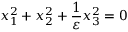
x _ { 1 } ^ { 2 } + x _ { 2 } ^ { 2 } + { \frac { 1 } { \varepsilon } } x _ { 3 } ^ { 2 } = 0